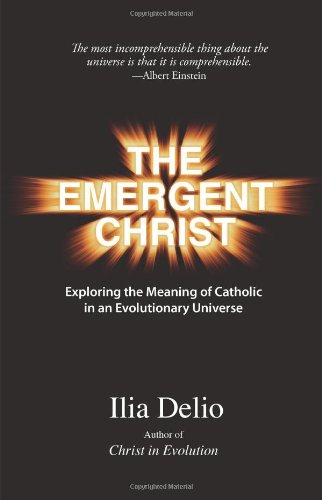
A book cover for The Emergent Christ; Ilia Delio; Christian Books & Bibles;